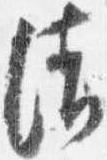
清